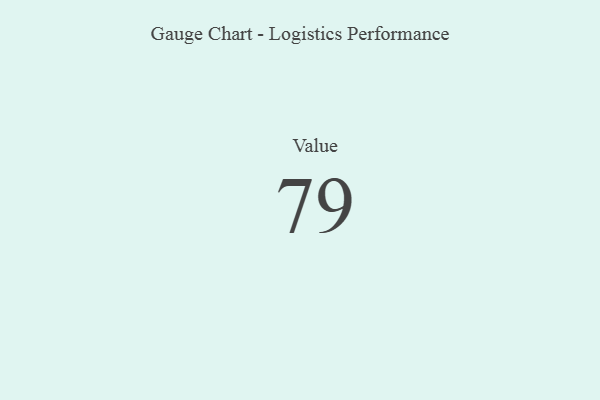
{"axis": {"x": "Metric", "y": "Value"}, "legend": [""], "data": [{"x": "Value", "y": 79, "type": ""}]}